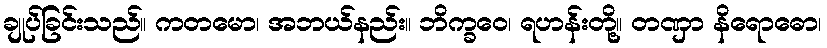
ချုပ်ခြင်းသည်။ ကတမော၊ အဘယ်နည်း။ ဘိက္ခဝေ၊ ရဟန်းတို့။ တဏှာ နိရောဓော၊